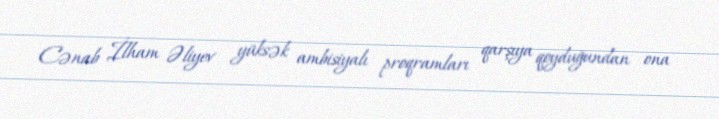
Cənab İlham Əliyev yüksək ambisiyalı proqramları qarşıya qoyduğundan ona